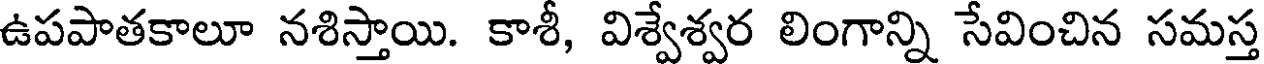
ఉపపాతకాలూ నశిస్తాయి. కాశీ, విశ్వేశ్వర లింగాన్ని సేవించిన సమస్త